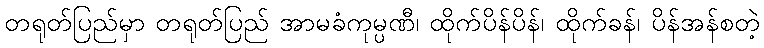
တရုတ်ပြည်မှာ တရုတ်ပြည် အာမခံကုမ္ပဏီ၊ ထိုက်ပိန်ပိန်၊ ထိုက်ခန်၊ ပိန်အန်စတဲ့